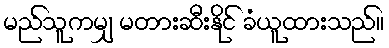
မည်သူကမျှ မတားဆီးနိုင် ခံယူထားသည်။